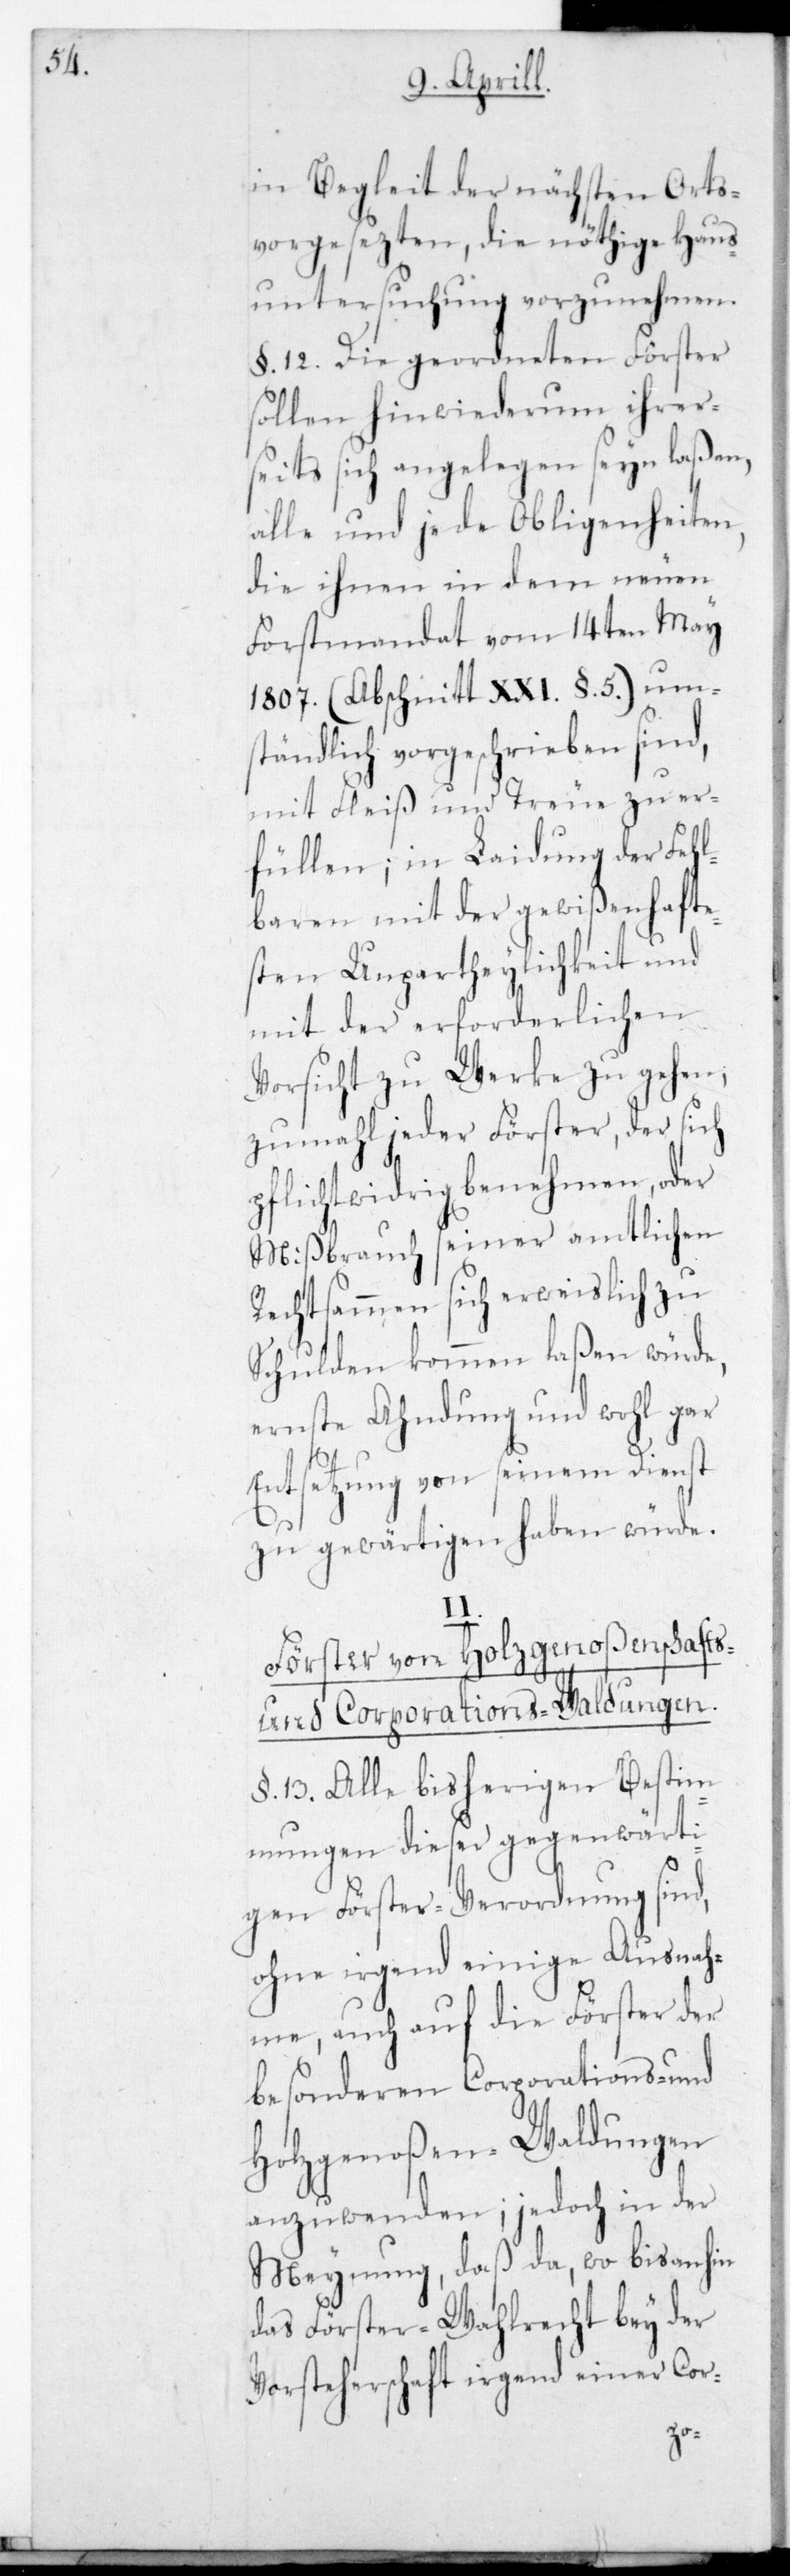
in Begleit der nächsten Orts¬
vorgesezten, die nöthige Haus¬
untersuchung vorzunehmen.
§. 12. Die geordneten Förster
sollen hinwiederum ihrer¬
seits sich angelegen sein laßen,
alle und jede Obligenheiten,
die ihnen in dem neuen
Forstmandat vom 14ten May
1807. (Abschnitt XXI. §. 5.) um¬
ständlich vorgeschrieben sind,
mit Fleiß und Treue zu er¬
füllen; in Laidung der Fehl¬
baren mit der gewißenhafte¬
sten Unpartheylichkeit und
mit der erforderlichen
Vorsicht zu Werke zu gehen,
zumahl jeder Förster, der sich
pflichtwidrig benehmen oder
Mißbrauch seiner amtlichen
Rechtsammen sich erweislich zu
Schulden kommen laßen würde,
ernste Ahndung und wohl gar
Entsetzung von seinem Dienst
zu gewärtigen haben würde.
II.
Förster von Holzgenoßenschafts-
und Corporations-Waldungen.
§. 13. Alle bisherigen Bestim¬
mungen dieser gegenwärti¬
gen Förster-Verordnung sind,
ohne irgend einige Ausnah¬
me, auch auf die Förster der
besonderen Corporations- und
Holzgenoßen-Waldungen
anzuwenden; jedoch in der
Meynung, daß da, wo bis anhin
das Förster-Wahlrecht bey der
Vorsteherschaft irgend einer Cor-